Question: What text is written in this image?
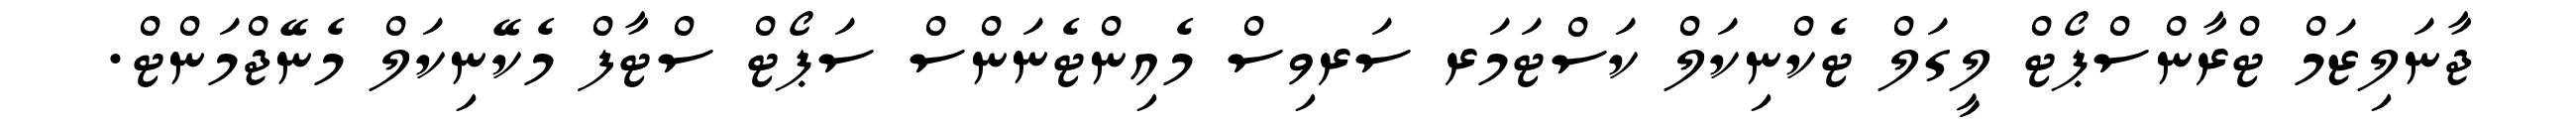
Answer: ޖާނަލިޒަމް ޓްރާންސްޕޯޓް ލީގަލް ޓެކްނިކަލް ކަސްޓަމަރ ސަރވިސް މެއިންޓެނަންސް ސަޕޯޓް ސްޓާފް މެކޭނިކަލް މެނޭޖްމަންޓް.